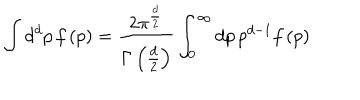
\int d ^ { d } p \, f \left( p \right) = \frac { 2 \pi ^ { \frac { d } { 2 } } } { \Gamma \left( \frac { d } { 2 } \right) } \int _ { 0 } ^ { \infty } d p \, p ^ { d - 1 } f \left( p \right)